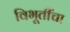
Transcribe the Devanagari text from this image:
विभूतींचा